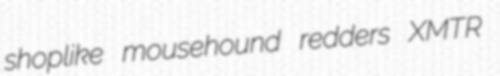
shoplike mousehound redders XMTR